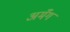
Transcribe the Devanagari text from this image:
अमँग